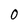
Character: 0